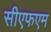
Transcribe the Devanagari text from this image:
सीएफएम